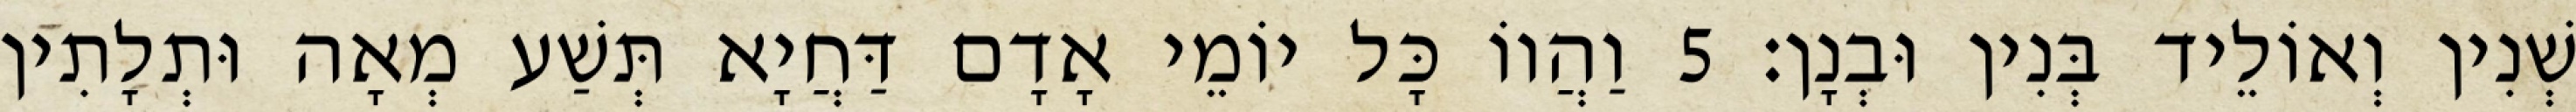
שְׁנִין וְאוֹלֵיד בְּנִין וּבְנָן׃ 5 וַהֲווֹ כָּל יוֹמֵי אָדָם דַּחֲיָא תְּשַׁע מְאָה וּתְלָתִין